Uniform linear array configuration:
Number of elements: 16
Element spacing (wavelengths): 0.25
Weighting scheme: cosine
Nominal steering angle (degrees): -30
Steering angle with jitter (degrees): -29.976
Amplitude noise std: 0.05
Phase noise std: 0.05

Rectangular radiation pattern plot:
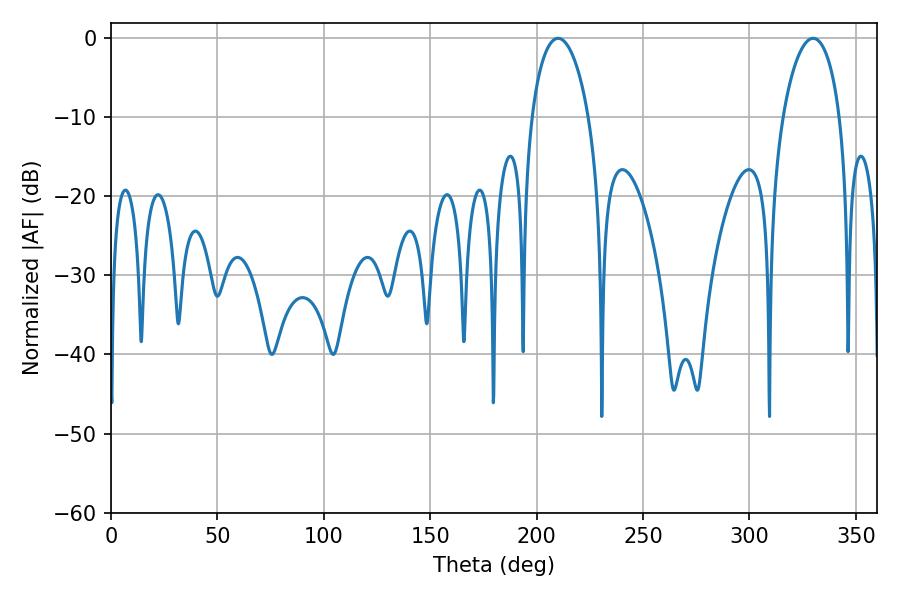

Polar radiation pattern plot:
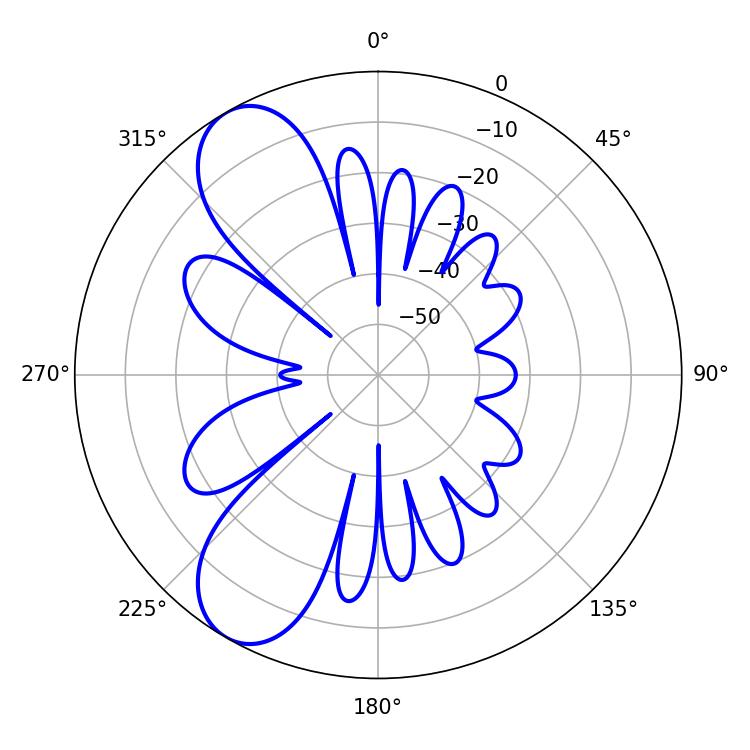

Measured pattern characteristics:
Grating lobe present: FALSE
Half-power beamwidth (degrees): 15.3
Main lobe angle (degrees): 210.06